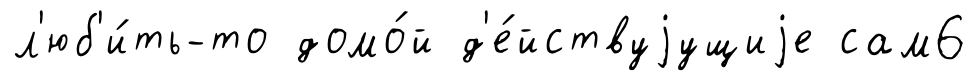
л'юб'и́ть-то домо́й д'е́йствуjущиjе сам6